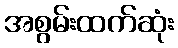
အစွမ်းထက်ဆုံး